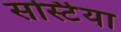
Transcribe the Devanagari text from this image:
सर्स्टिया